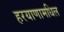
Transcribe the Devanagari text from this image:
हरयाणामधिल